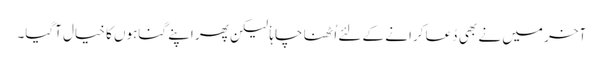
آخر میں نے بھی دُعا کرانے کے لئے اُٹھنا چاہا ٗ لیکن پھر اپنے گناہوں کا خیال آگیا۔